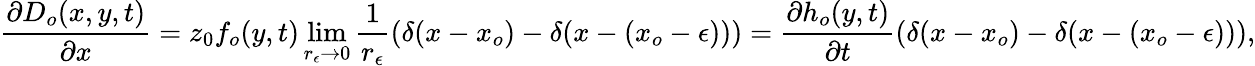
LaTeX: \frac{\partial D_{o}(x,y,t)}{\partial x}=z_{0}f_{o}(y,t)\operatorname*{lim}_{r_{\epsilon}\rightarrow 0}\frac{1}{r_{\epsilon}}\left(\delta(x-x_{o})-\delta(x-(x_{o}-\epsilon))\right)=\frac{\partial h_{o}(y,t)}{\partial t}\left(\delta(x-x_{o})-\delta(x-(x_{o}-\epsilon))\right),